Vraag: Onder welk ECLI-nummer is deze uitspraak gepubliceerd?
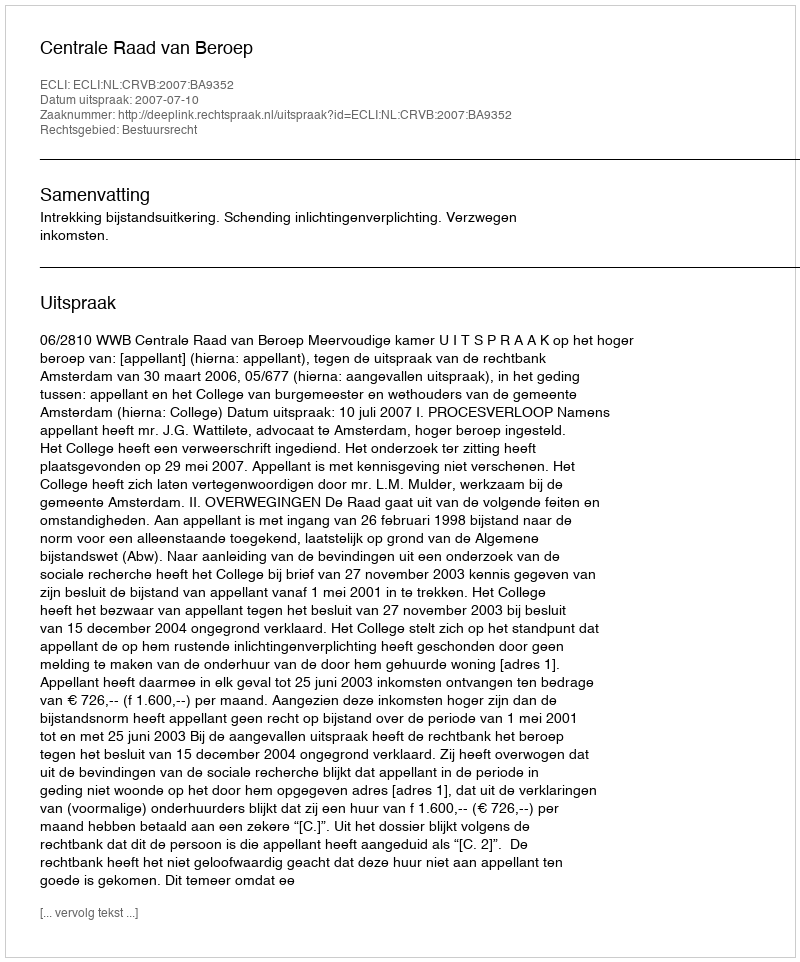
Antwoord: ECLI:NL:CRVB:2007:BA9352